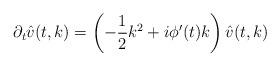
LaTeX: \begin{align*}\partial_t \hat{v}(t,k)=\left(-\frac{1}{2}k^2+i\phi'(t)k\right)\hat{v}(t,k)\end{align*}